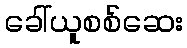
ခေါ်ယူစစ်ဆေး